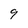
Character: 9